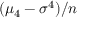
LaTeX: ( \mu _ { 4 } - \sigma ^ { 4 } ) / n